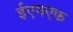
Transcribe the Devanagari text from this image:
ईएमएफ